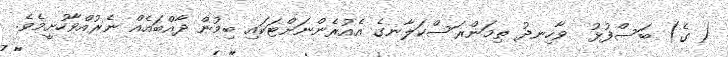
( ގެ) ބަސްފުޅު  ވާހިނދު ތިމަންރަސްކަލާނގެ އެއުރެންނަށްޓަކައި ބިމުން ދާއްބައެއް ނެރުއްވާހުށީމެވެ.